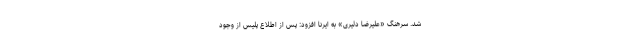
شد. سرهنگ «علیرضا دلیری» به ایرنا افزود: پس از اطلاع پلیس از وجود